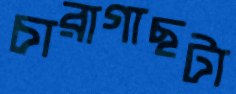
চারাগাছটা